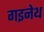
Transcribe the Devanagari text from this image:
गइनेथ